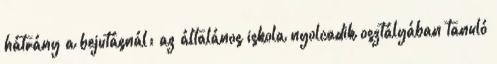
hátrány a bejutásnál: az általános iskola nyolcadik osztályában tanuló